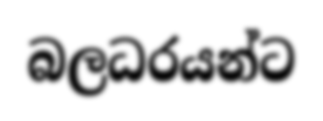
බලධරයන්ට